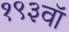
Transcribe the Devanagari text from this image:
१९३वॉ